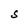
Character: S